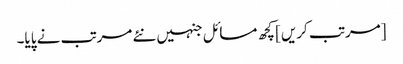
[مرتب کریں] کچھ مسائل جنہیں نئے مرتب نے پایا۔